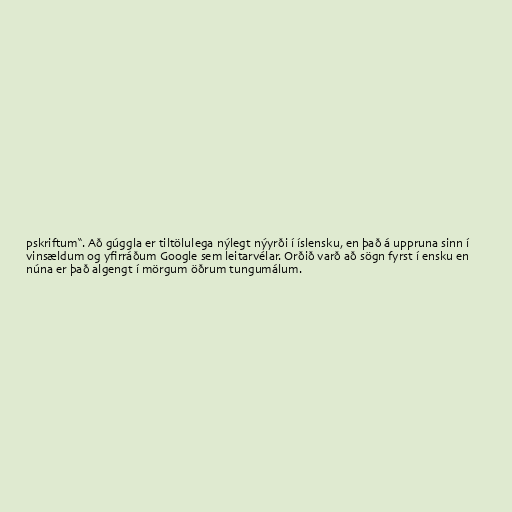
pskriftum“. Að gúggla er tiltölulega nýlegt nýyrði í íslensku, en það á uppruna sinn í
vinsældum og yfirráðum Google sem leitarvélar. Orðið varð að sögn fyrst í ensku en
núna er það algengt í mörgum öðrum tungumálum.